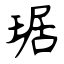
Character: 琚